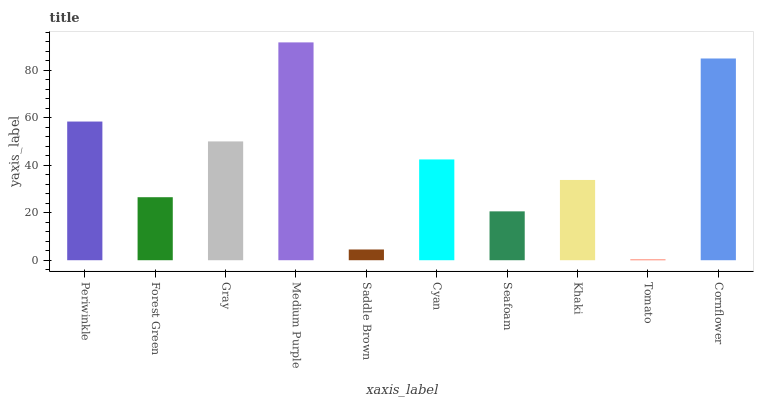
| xaxis_label | bars |
 | --- | --- |
 | Periwinkle | 58.4 |
 | Forest Green | 26.5 |
 | Gray | 50 |
 | Medium Purple | 91.7 |
 | Saddle Brown | 4.52 |
 | Cyan | 42.4 |
 | Seafoam | 20.6 |
 | Khaki | 33.8 |
 | Tomato | 0.321 |
 | Cornflower | 84.9 |